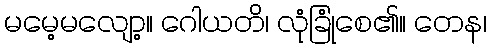
မမေ့မလျော့။ ဂေါယတိ၊ လုံခြုံစေ၏။ တေန၊